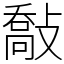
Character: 敽